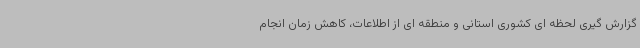
گزارش گیری لحظه ای کشوری استانی و منطقه ای از اطلاعات، کاهش زمان انجام